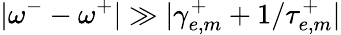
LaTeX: |\omega^{-}-\omega^{+}|\gg|\gamma_{e,m}^{+}+1/\tau_{e,m}^{+}|